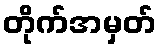
တိုက်အမှတ်